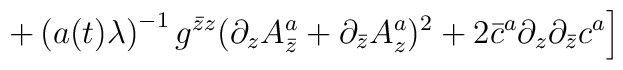
\left.+\left(a(t)\lambda\right)^{-1}g^{\bar z z}(\partial_zA_{\bar z}^a+\partial_{\bar z}A_z^a)^2+2\bar c^a\partial_z\partial_{\bar z}c^a\right]